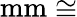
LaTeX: \mathrm{mm}\cong